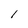
Character: 1